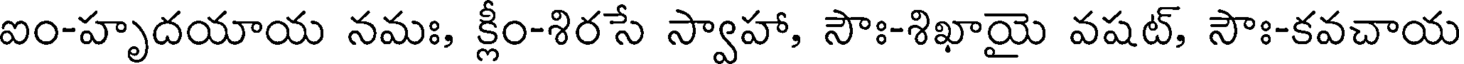
ఐం-హృదయాయ నమః, క్లీం-శిరసే స్వాహా, సౌః-శిఖాయై వషట్, సౌః-కవచాయ